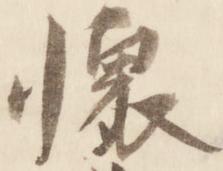
懐